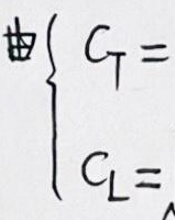
由\(\left\{\begin{matrix}G_T = \\ G_L = \end{matrix}\right.\)